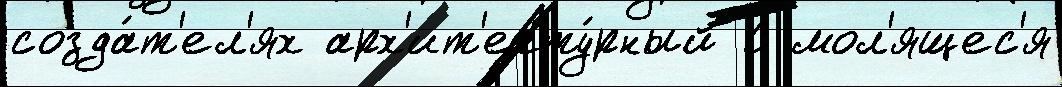
созда́т'ел'ях арх'ит'екту́рный С мол'ящес'я